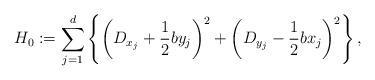
LaTeX: \begin{align*}\displaystyle H_{0} := \sum_{j=1}^{d} \left\lbrace \left( D_{x_{j}} + \frac{1}{2}by_{j} \right)^{2} + \left( D_{y_{j}} - \frac{1}{2}bx_{j} \right)^{2} \right\rbrace,\end{align*}